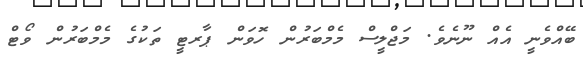
ބޭއްވެނީ އެއް ނޫނެވެ. މަޖްލީސް މެމްބަރުން ހޮވަން ޕާރޓީ ތަކުގެ މެމްބަރުން ވޯޓް